Report of the Indian Hemp Drugs Commission, 1894-1895 - Volume IV
Year: 1894
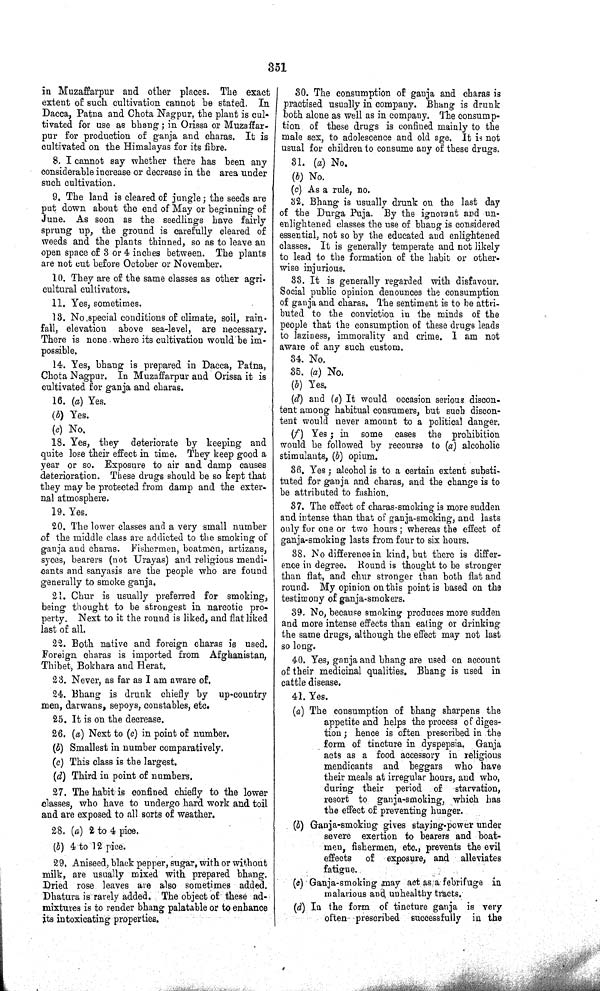
351
in Muzaffarpur and other places. The exact
extent of such cultivation cannot be stated. In
Dacca, Patna and Chota Nagpur, the plant is cul-
tivated for use as bhang; in Orissa or Muzaffar-
pur for production of ganja and charas. It is
cultivated on the Himalayas for its fibre.
8. I cannot say whether there has been any
considerable increase or decrease in the area under
such cultivation.
9. The land is cleared of jungle; the seeds are
put down about the end of May or beginning of
June. As soon as the seedlings have fairly
sprung up, the ground is carefully cleared of
weeds and the plants thinned, so as to leave an
open space of 3 or 4 inches between. The plants
are not cut before October or November.
10. They are of the same classes as other agri-
cultural cultivators.
11. Yes, sometimes.
13. No special conditions of climate, soil, rain-
fall, elevation above sea-level, are necessary.
There is none where its cultivation would be im-
possible.
14. Yes, bhang is prepared in Dacca, Patna,
Chota Nagpur. In Muzaffarpur and Orissa it is
cultivated for ganja and charas.
16. (a) Yes.
(b) Yes.
(c) No.
18. Yes, they deteriorate by keeping and
quite lose their effect in time. They keep good a
year or so. Exposure to air and damp causes
deterioration. These drugs should be so kept that
they may be protected from damp and the exter-
nal atmosphere.
19. Yes.
20. The lower classes and a very small number
of the middle class are addicted to the smoking of
ganja and charas. Fishermen, boatmen, artizans,
syces, bearers (not Urayas) and religious mendi-
cants and sanyasis are the people who are found
generally to smoke ganja.
21. Chur is usually preferred for smoking,
being thought to be strongest in narcotic pro-
perty. Next to it the round is liked, and flat liked
last of all.
22. Both native and foreign charas is used.
Foreign charas is imported from Afghanistan,
Thibet, Bokhara and Herat.
23. Never, as far as I am aware of.
24. Bhang is drunk chiefly by up-country
men, darwans, sepoys, constables, etc.
25. It is on the decrease.
26. (a) Next to (c) in point of number.
(b) Smallest in number comparatively.
(c) This class is the largest.
(d) Third in point of numbers.
27. The habit is confined chiefly to the lower
classes, who have to undergo hard work and toil
and are exposed to all sorts of weather.
28. (a) 2 to 4 pice.
(b) 4 to 12 pice.
29. Aniseed, black pepper, sugar, with or without
milk, are usually mixed with prepared bhang.
Dried rose leaves are also sometimes added.
Dhatura is rarely added. The object of these ad-
mixtures is to render bhang palatable or to enhance
its intoxicating properties.
30. The consumption of ganja and charas is
practised usually in company. Bhang is drunk
both alone as well as in company. The consump-
tion of these drugs is confined mainly to the
male sex, to adolescence and old age. It is not
usual for children to consume any of these drugs.
31. (a) No.
(b) No.
(c) As a rule, no.
32. Bhang is usually drunk on the last day
of the Durga Puja. By the ignorant and un-
enlightened classes the use of bhang is considered
essential, not so by the educated and enlightened
classes. It is generally temperate and not likely
to lead to the formation of the habit or other-
wise injurious.
33. It is generally regarded with disfavour.
Social public opinion denounces the consumption
of ganja and charas. The sentiment is to be attri-
buted to the conviction in the minds of the
people that the consumption of these drugs leads
to laziness, immorality and crime. I am not
aware of any such custom.
34. No.
35. (a) No.
(b) Yes.
(d) and (e) It would occasion serious discon-
tent among habitual consumers, but such discon-
tent would never amount to a political danger.
(f) Yes; in some cases the prohibition
would be followed by recourse to (a) alcoholic
stimulants, (b) opium.
36. Yes; alcohol is to a certain extent substi-
tuted for ganja and charas, and the change is to
be attributed to fashion.
37. The effect of charas-smoking is more sudden
and intense than that of ganja-smoking, and lasts
only for one or two hours; whereas the effect of
ganja-smoking lasts from four to six hours.
38. No difference in kind, but there is differ-
ence in degree. Round is thought to be stronger
than fiat, and chur stronger than both flat and
round. My opinion on this point is based on the
testimony of ganja-smokers.
39. No, because smoking produces more sudden
and more intense effects than eating or drinking
the same drugs, although the effect may not last
so long.
40. Yes, ganja and bhang are used on account
of their medicinal qualities. Bhang is used in
cattle disease.
41. Yes.
(a) The consumption of bhang sharpens the
appetite and helps the process of diges-
tion; hence is often prescribed in the
form of tincture in dyspepsia. Ganja
acts as a food accessory in religious
mendicants and beggars who have
their meals at irregular hours, and who,
during their period of starvation,
resort to ganja-smoking, which has
the effect of preventing hunger.
(b) Ganja-smoking gives staying-power under
severe exertion to bearers and boat-
men, fishermen, etc., prevents the evil
effects
of exposure, and alleviates
fatigue.
(c) Ganja-smoking may act as a febrifuge in
malarious and unhealthy tracts.
(d) In the form of tincture ganja is very
often prescribed successfully in the